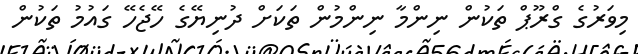
މިވަރުގެ ގްރޫޕް ތަކުން ނިންމާ ނިންމުން ތަކަށް ދުނިޔޭގެ ހޭޖެހޭ ގައުމު ތަކުން